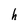
Character: h